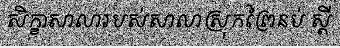
សិក្ខាសាលារបស់សាលាស្រុកព្រៃនប់ ស្តី